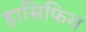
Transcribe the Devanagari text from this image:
हासिफिरा